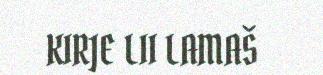
KIRJE LII LAMAŠ